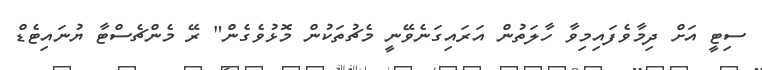
ސިޓީ އަށް ދިމާވެފައިމިވާ ހާލަތުން އަރައިގަނެވޭނީ މެޗުތަކުން މޮޅުވެގެން" ރޭ މެންޗެސްޓާ ޔުނައިޓެޑް